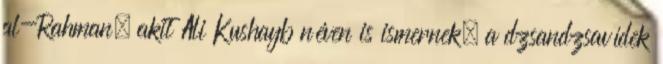
al-Rahman, akit Ali Kushayb néven is ismernek, a dzsandzsavídek